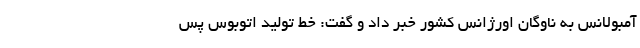
آمبولانس به ناوگان اورژانس کشور خبر داد و گفت: خط تولید اتوبوس پس